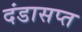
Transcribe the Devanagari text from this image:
दंडासप्त